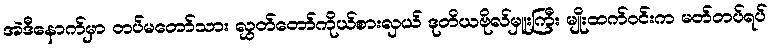
အဲဒီနောက်မှာ တပ်မတော်သား လွှတ်တော်ကိုယ်စားလှယ် ဒုတိယဗိုလ်မှူးကြီး မျိုးထက်ဝင်းက မတ်တပ်ရပ်